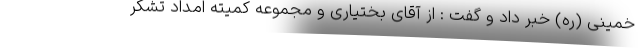
خمینی (ره) خبر داد و گفت : از آقای بختیاری و مجموعه کمیته امداد تشکر